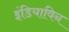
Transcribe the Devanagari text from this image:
इंडियाविन